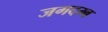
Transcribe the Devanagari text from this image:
जगदम्ब